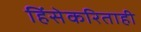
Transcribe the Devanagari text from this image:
हिंसेकरिताही